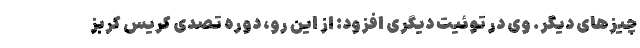
چیزهای دیگر. وی در توئیت دیگری افزود: از این رو، دوره تصدی کریس کربز